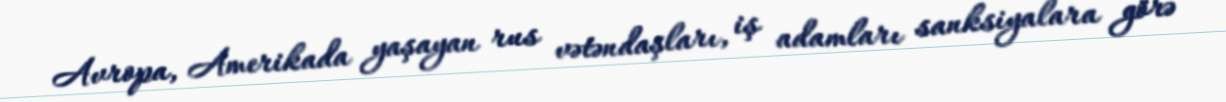
Avropa, Amerikada yaşayan rus vətəndaşları, iş adamları sanksiyalara görə